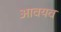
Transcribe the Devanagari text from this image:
आवयव